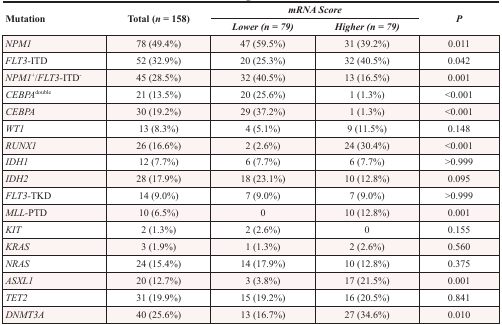
<table><thead><tr><td rowspan="2"><b>Mutation</b></td><td rowspan="2"><b>Total (<i>n</i> = 158)</b></td><td colspan="2"><b><i>mRNA Score</i></b></td><td rowspan="2"><b><i>P</i></b></td></tr><tr><td><b><i>Lower (n = 79)</i></b></td><td><b><i>Higher (n = 79)</i></b></td></tr></thead><tbody><tr><td><i>NPM1</i></td><td>78 (49.4%)</td><td>47 (59.5%)</td><td>31 (39.2%)</td><td>0.011</td></tr><tr><td><i>FLT3-</i>ITD</td><td>52 (32.9%)</td><td>20 (25.3%)</td><td>32 (40.5%)</td><td>0.042</td></tr><tr><td><i>NPM1</i><sup>+</sup>/<i>FLT3-</i>ITD<sup>−</sup></td><td>45 (28.5%)</td><td>32 (40.5%)</td><td>13 (16.5%)</td><td>0.001</td></tr><tr><td><i>CEBPA</i><sup>double</sup></td><td>21 (13.5%)</td><td>20 (25.6%)</td><td>1 (1.3%)</td><td>&lt;0.001</td></tr><tr><td><i>CEBPA</i></td><td>30 (19.2%)</td><td>29 (37.2%)</td><td>1 (1.3%)</td><td>&lt;0.001</td></tr><tr><td><i>WT1</i></td><td>13 (8.3%)</td><td>4 (5.1%)</td><td>9 (11.5%)</td><td>0.148</td></tr><tr><td><i>RUNX1</i></td><td>26 (16.6%)</td><td>2 (2.6%)</td><td>24 (30.4%)</td><td>&lt;0.001</td></tr><tr><td><i>IDH1</i></td><td>12 (7.7%)</td><td>6 (7.7%)</td><td>6 (7.7%)</td><td>&gt;0.999</td></tr><tr><td><i>IDH2</i></td><td>28 (17.9%)</td><td>18 (23.1%)</td><td>10 (12.8%)</td><td>0.095</td></tr><tr><td><i>FLT3-</i>TKD</td><td>14 (9.0%)</td><td>7 (9.0%)</td><td>7 (9.0%)</td><td>&gt;0.999</td></tr><tr><td><i>MLL-</i>PTD</td><td>10 (6.5%)</td><td>0</td><td>10 (12.8%)</td><td>0.001</td></tr><tr><td><i>KIT</i></td><td>2 (1.3%)</td><td>2 (2.6%)</td><td>0</td><td>0.155</td></tr><tr><td><i>KRAS</i></td><td>3 (1.9%)</td><td>1 (1.3%)</td><td>2 (2.6%)</td><td>0.560</td></tr><tr><td><i>NRAS</i></td><td>24 (15.4%)</td><td>14 (17.9%)</td><td>10 (12.8%)</td><td>0.375</td></tr><tr><td><i>ASXL1</i></td><td>20 (12.7%)</td><td>3 (3.8%)</td><td>17 (21.5%)</td><td>0.001</td></tr><tr><td><i>TET2</i></td><td>31 (19.9%)</td><td>15 (19.2%)</td><td>16 (20.5%)</td><td>0.841</td></tr><tr><td><i>DNMT3A</i></td><td>40 (25.6%)</td><td>13 (16.7%)</td><td>27 (34.6%)</td><td>0.010</td></tr></tbody></table>